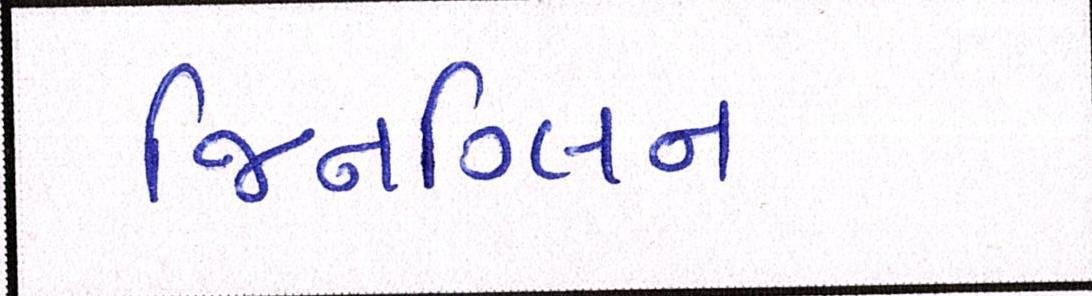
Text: જિનગ્લિન